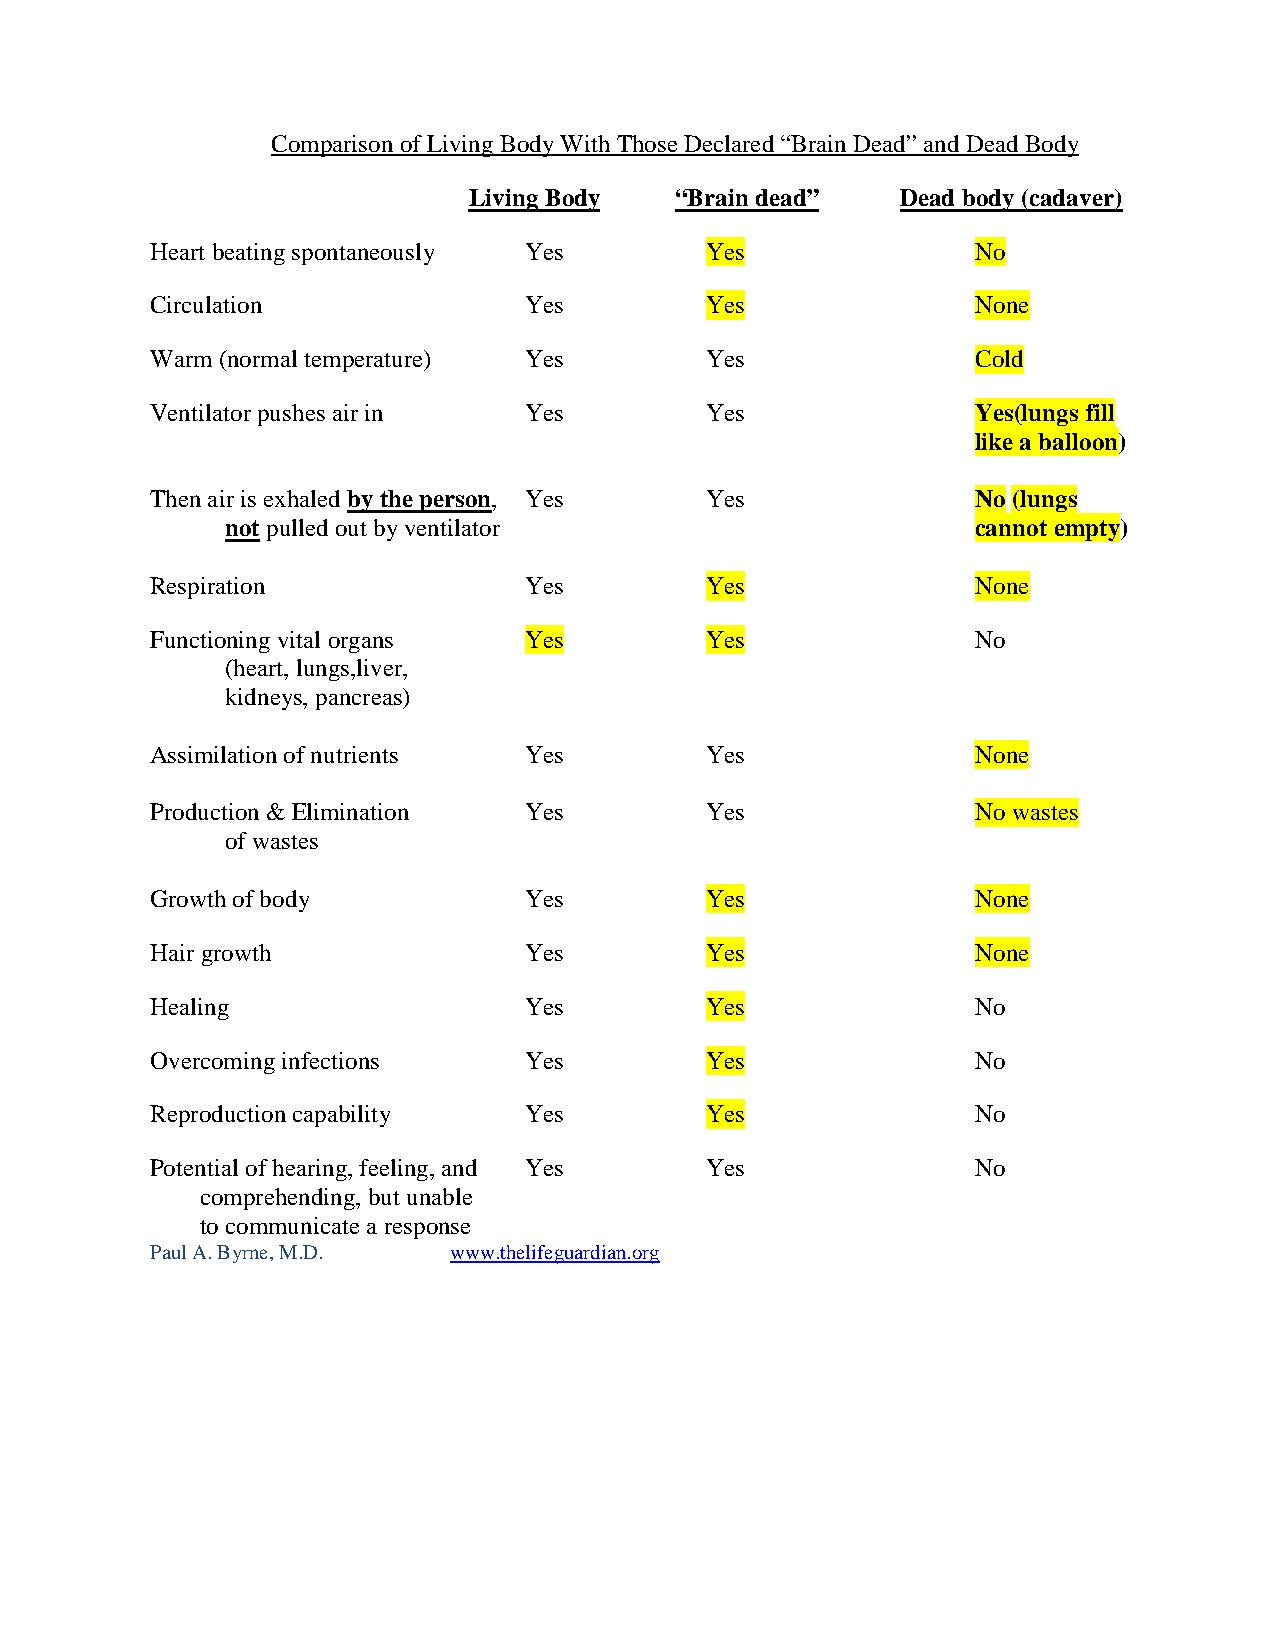
Comparison of Living Body With Those Declared “Brain Dead” and Dead Body
 Living Body   “Brain dead”   Dead body (cadaver)
 Heart beating spontaneously Yes      Yes               No
 Circulation              Yes         Yes               None
 Warm (normal temperature) Yes        Yes               Cold
 Ventilator pushes air in Yes         Yes               Yes(lungs fill
 like a balloon)
 Then air is exhaled by the person, Yes Yes             No (lungs
 not pulled out by ventilator                      cannot empty)
 Respiration              Yes         Yes               None
 Functioning vital organs Yes         Yes               No
 (heart, lungs,liver,
 kidneys, pancreas)
 Assimilation of nutrients Yes        Yes               None
 Production & Elimination Yes         Yes               No wastes
 of wastes
 Growth of body           Yes         Yes               None
 Hair growth              Yes         Yes               None
 Healing                  Yes         Yes               No
 Overcoming infections    Yes         Yes               No
 Reproduction capability  Yes         Yes               No
 Potential of hearing, feeling, and Yes Yes             No
 comprehending, but unable
 to communicate a response
 Paul A. Byrne, M.D. www.thelifeguardian.org